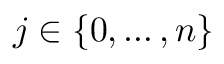
j \in \{ 0 , \ldots , n \}